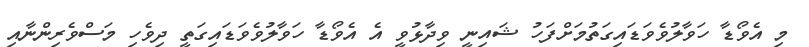
މި އެވޯޑާ ހަވާލުވެވަޑައިގަތުމަށްފަހު ޝައިނީ ވިދާޅުވީ އެ އެވޯޑާ ހަވާލުވެވަޑައިގަތީ ދިވެހި މަސްވެރިންނާއި